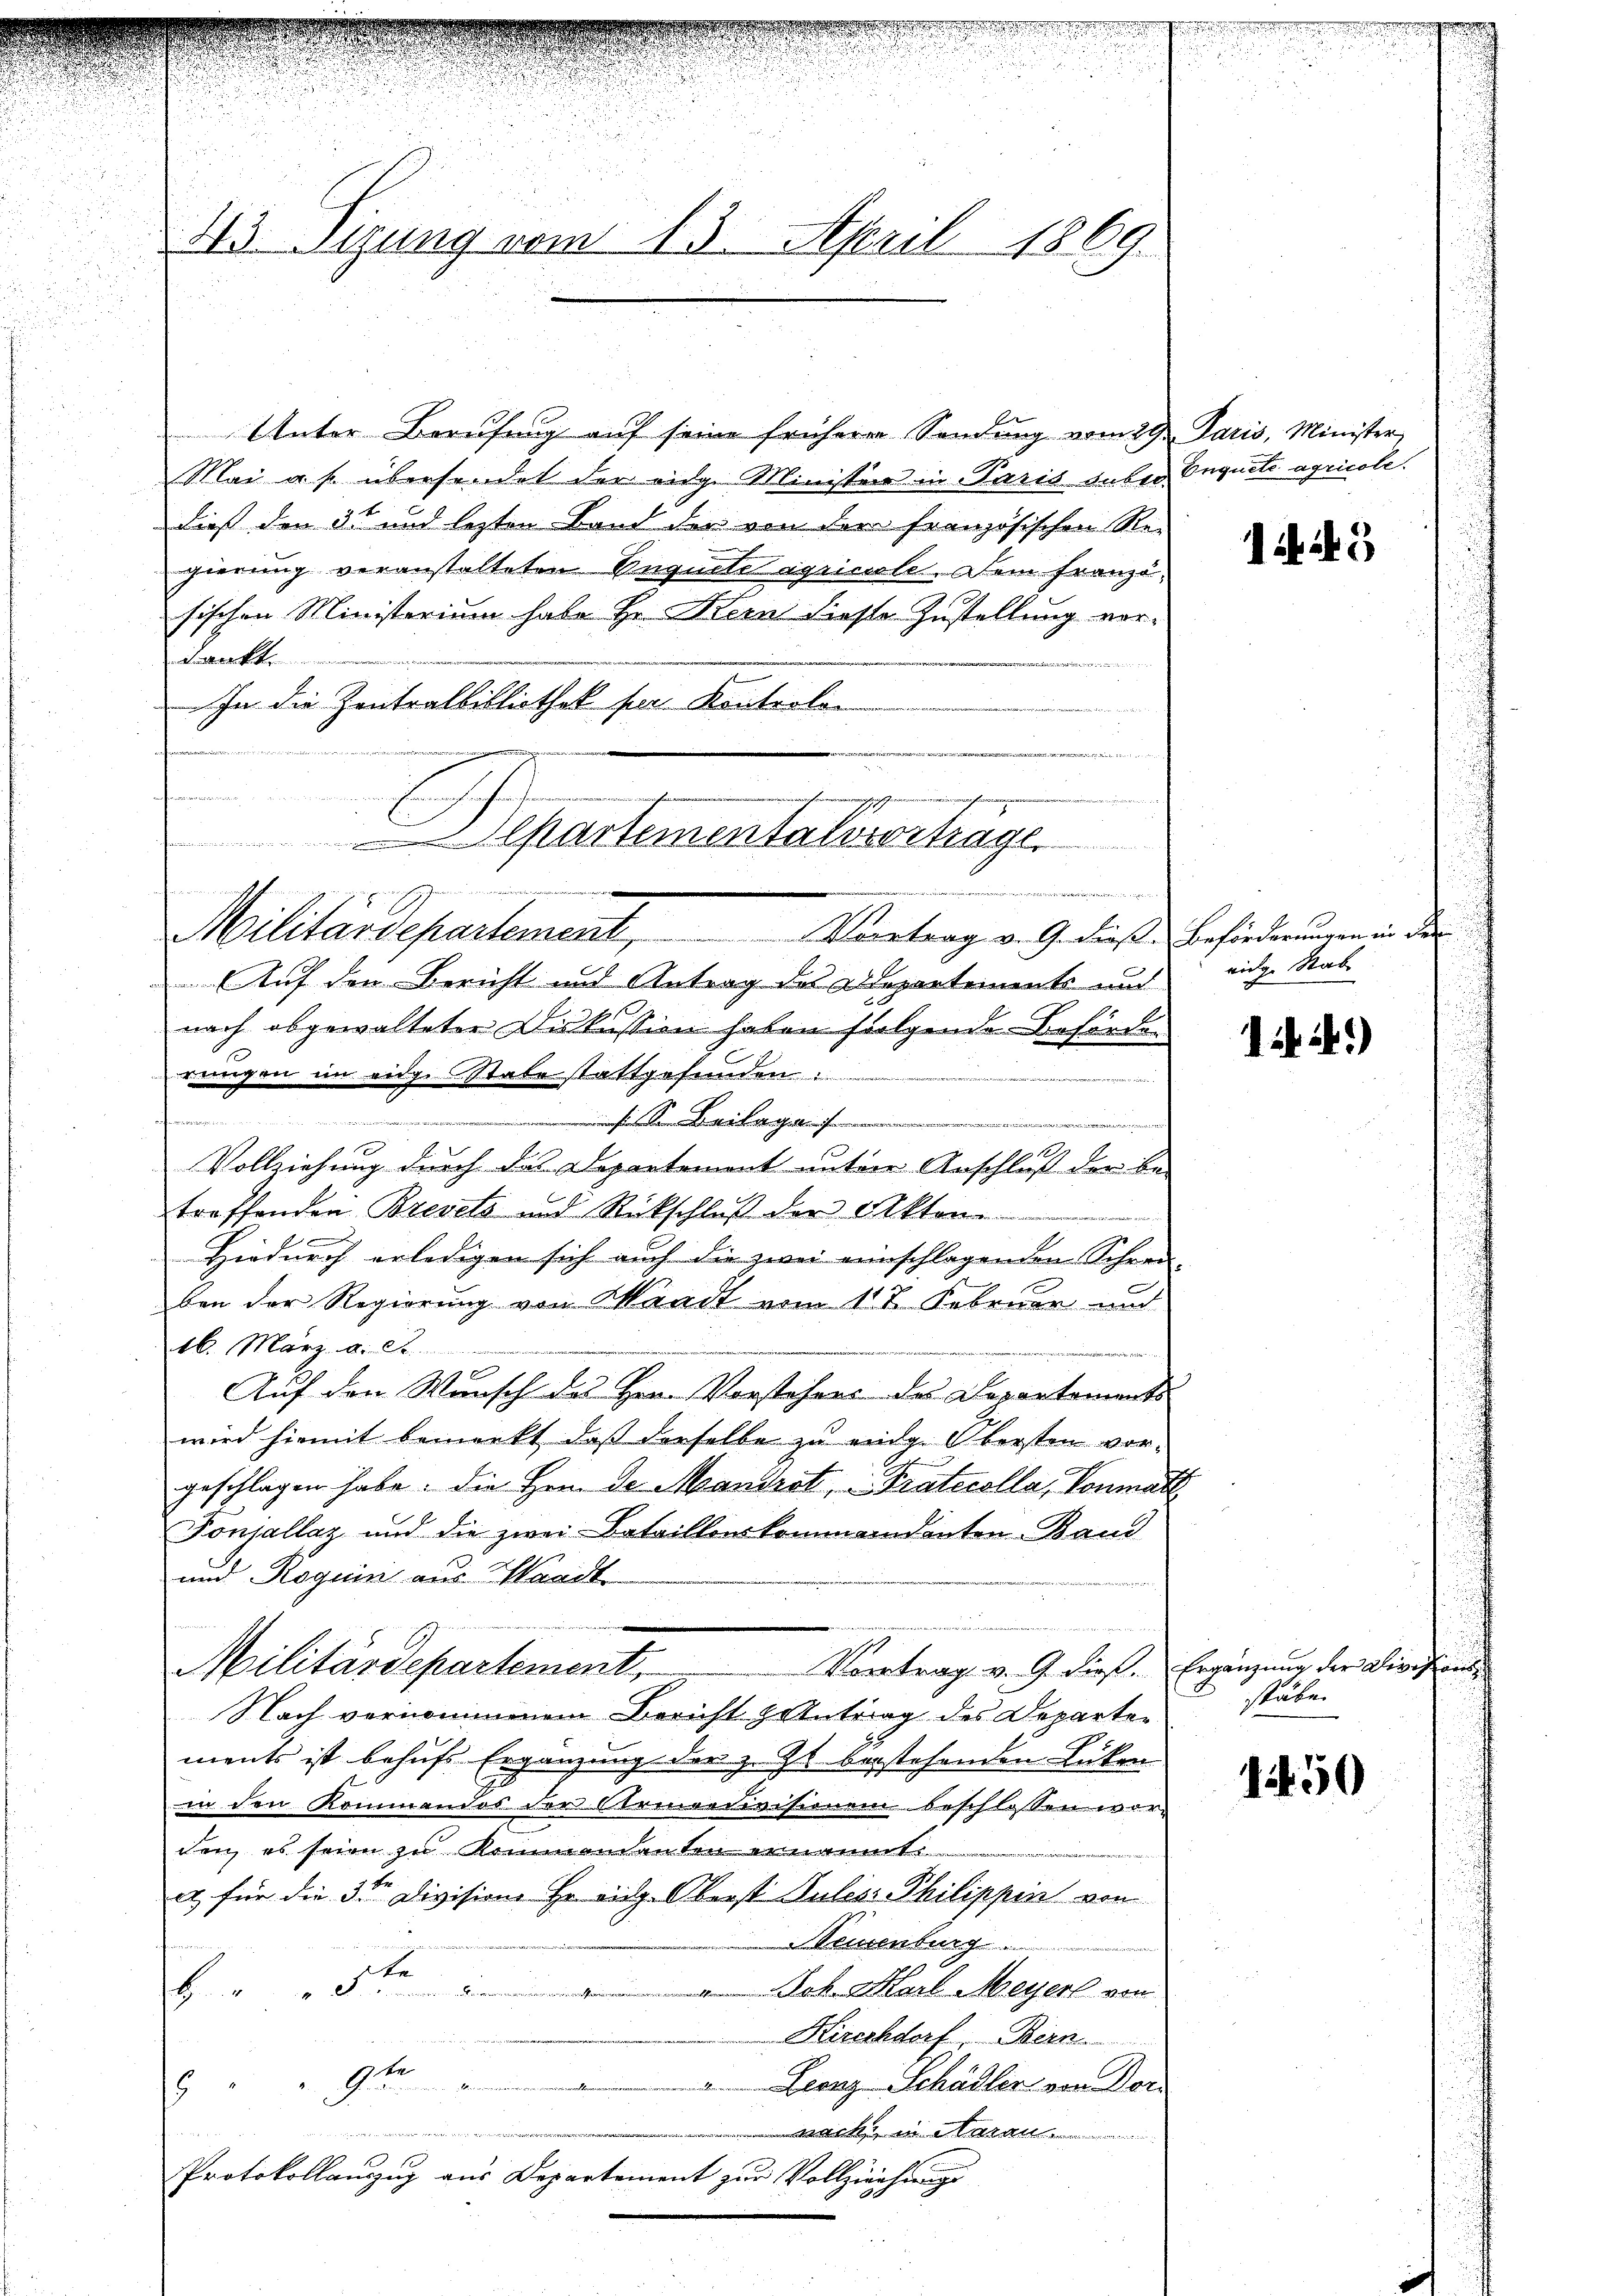
43 Sizung vom 15. April 1869.

Unter Berufung auf seine früherer Sendung vom 29. Paris, Minister
Mai a. f. übersendet der eige Minister in Paris guber Inquite agricole.
dieß den 3te und lezten Band der von der französischen Re-
gierung veranstalteten Enguete agricile. Dem Französischen Ministerium habe Hr. Bern diese Zustellung vor¬
Direkt
In die Zentralbibliothek per Kontrolen
tran
a
.
.Auf den Bericht und Antrag des Departements und
nach abgewalteter Diskussion haben folgende Beförden
rengen im eidge Stabe stattgefunden:
.
.
1
Vollziehung durch das Departement untere Anschließ der be-
troffenden Brevets und Rückschluß der Akt
Hiedurch erledigen sich auch die zwei einschlagenden Schrei-
ben der Regierung von Waadt vom 112. Februar und
16. März d. St.
Auf den Wunsch des Hrn. Vorstehens des Departements
wird hiemit bemerkt, daß derselbe zu endg. Obersten vor-
geschlagen habe. Die Hrn. De Mandrat Protocolla, Vonmatt
Fonjallaz und die zwei- Bataillonskommandanten-Band
und Roguin aus Waadt
7
Militärdepartement
Vortrag v. 9. dies. Ergänzung der Divis
Nach vernommenem Bericht antrag des Departen
ments ist behufs Ergänzung der z. Zt. bestehenden Lücken
in den Kommendos der Comoedivisionem beschlossen wor-
den, es seien zu Kommandanten ernannte
ut für die 3ten Division Hr. eidg. Oberst Julis Philippin von
Neuenburg
6 " " 5ten " " Joh. Karl Meyer von
Hircchdorf, Bern.
be
isieren Partemen
Leonz Schädler von Vor
  "   Grien einen
wacke in daran

Protokollauszug aus Departement zur Vollziehung

Cartementalvertrage
e
Militärdepartement, Montrag v. Gediese Beförderungen in der

i 9

eidige Stab

if. 2.)

stäbe.

1450